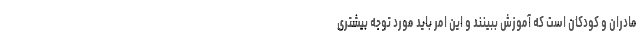
مادران و کودکان است که آموزش ببینند و این امر باید مورد توجه بیشتری